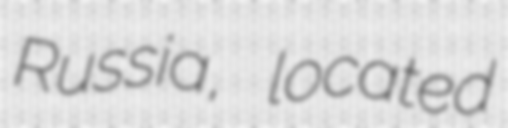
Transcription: Russia, located